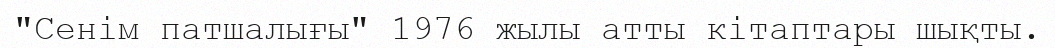
"Сенім патшалығы" 1976 жылы атты кітаптары шықты.